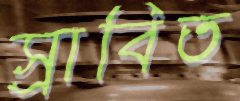
স্রাবিত